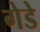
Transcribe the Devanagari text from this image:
गेडे